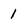
Character: 1